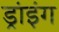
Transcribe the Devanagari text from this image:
ड्रांइंग